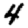
Digit: 4